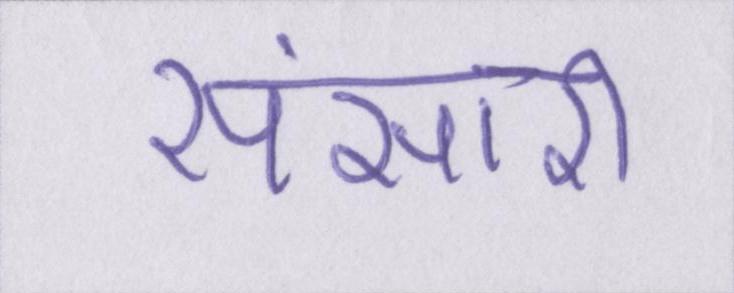
संसारी